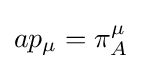
ap_{\mu }=\pi _{A}^{\mu }